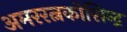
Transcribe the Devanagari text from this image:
अमररत्नकोसिन्द्र